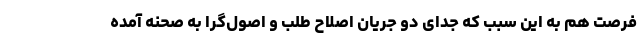
فرصت هم به این سبب که جدای دو جریان اصلاح طلب و اصول‌گرا به صحنه آمده